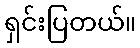
ရှင်းပြတယ်။